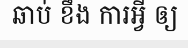
ឆាប់ ខឹង ការអ្វី ឲ្យ